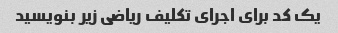
یک کد برای اجرای تکلیف ریاضی زیر بنویسید